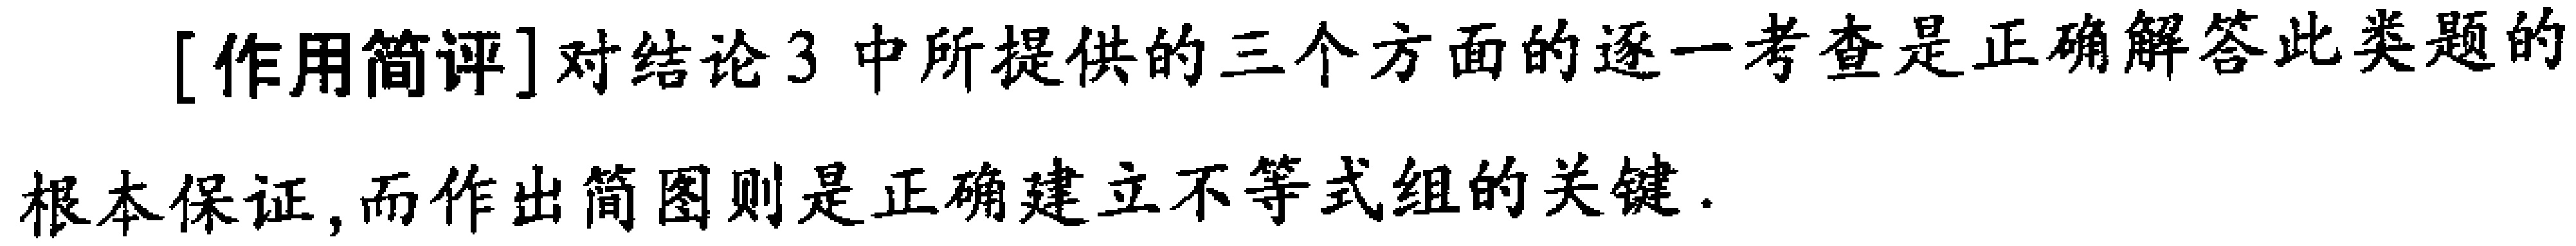
[作用简评]对结论3中所提供的三个方面的逐一考查是正确解答此类题的根本保证,而作出简图则是正确建立不等式组的关键.